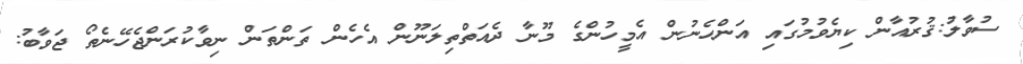
ސުވާލު:ޤުރުއާން ކިޔެވުމުގައި އަންހެނުން އެމީހުންގެ މޫނާ ދެއަތްތިލަނޫން އެހެން ތަންތަން ނިވާކުރަންޖެހޭނެތޯ ޖަވާބު: